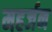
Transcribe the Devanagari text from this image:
महर्जन